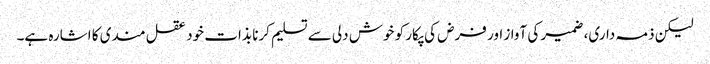
لیکن ذمہ داری، ضمیر کی آواز اور فرض کی پکار کو خوش دلی سے تسلیم کرنا بذات خود عقل مندی کا اشارہ ہے۔